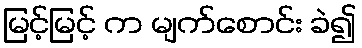
မြင့်မြင့် က မျက်စောင်း ခဲ၍